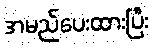
အမည်ပေးထားပြီး